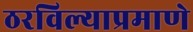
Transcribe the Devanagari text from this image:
ठरविल्याप्रमाणे